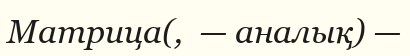
Матрица(,  — аналық) —